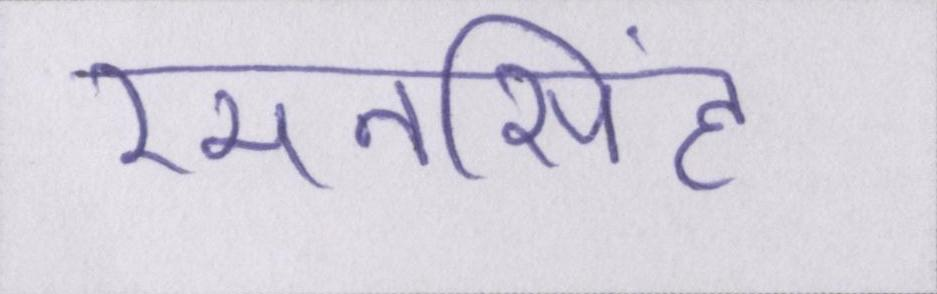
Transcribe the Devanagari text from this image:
रमनसिंह